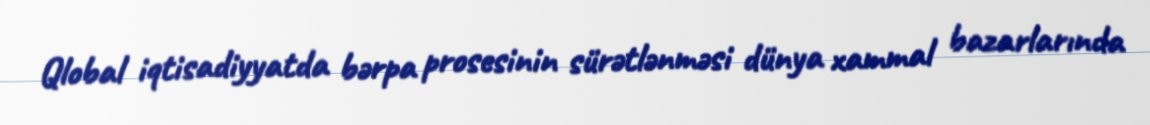
Qlobal iqtisadiyyatda bərpa prosesinin sürətlənməsi dünya xammal bazarlarında